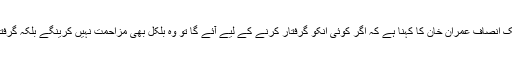
چیئرمین تحریک انصاف عمران خان کا کہنا ہے کہ اگر کوئی انکو گرفتار کرنے کے لیے آئے گا تو وہ بلکل بھی مزاحمت نہیں کرینگے بلکہ گرفتار ہوجائینگے۔